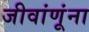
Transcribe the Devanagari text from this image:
जीवांणूंना